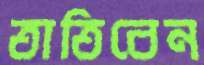
তাতিবেন